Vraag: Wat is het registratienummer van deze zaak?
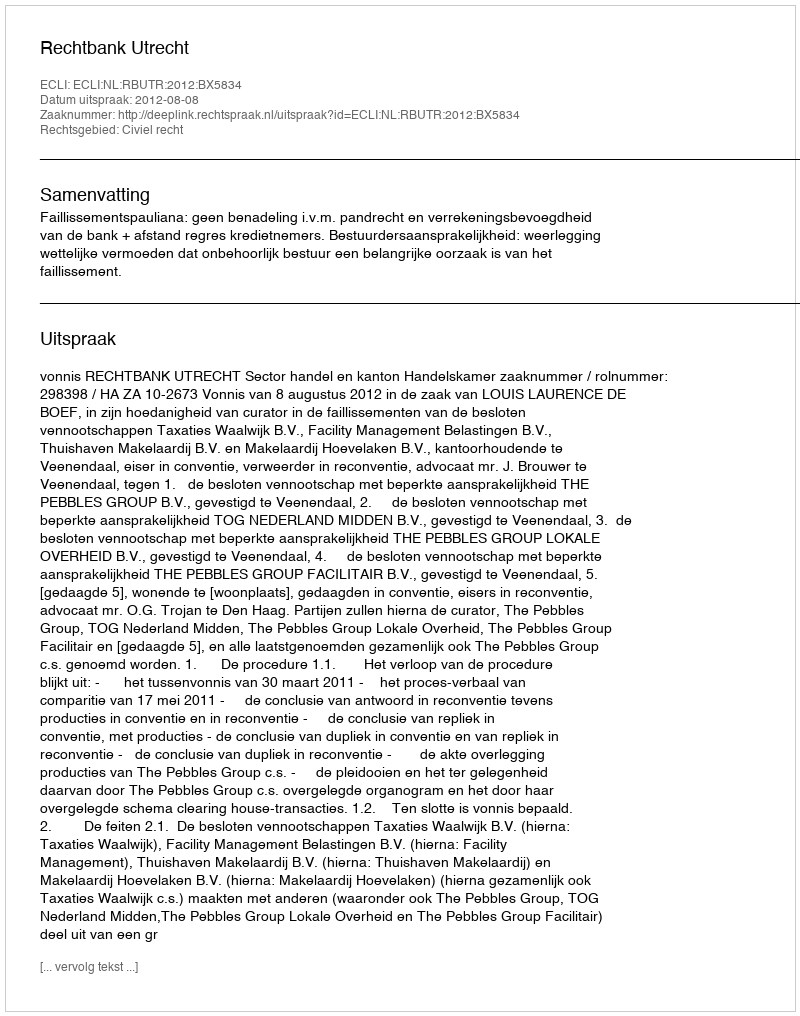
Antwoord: http://deeplink.rechtspraak.nl/uitspraak?id=ECLI:NL:RBUTR:2012:BX5834